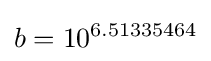
b=10^{6.51335464}